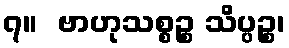
၇။  ဗာဟုသစ္စဉ္စ သိပ္ပဉ္စ၊